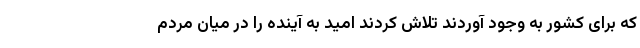
که برای کشور به وجود آوردند تلاش کردند امید به آینده را در میان مردم